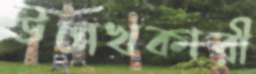
উল্লেখকারী